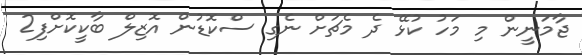
ޖާމަނީން މި މަހު ކުޅޭ ދެ މެޗަށް ނެގި ސްކޮޑުން އޮޒިލް ބާކީކޮށްފި2